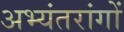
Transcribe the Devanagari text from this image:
अभ्यंतरांगों